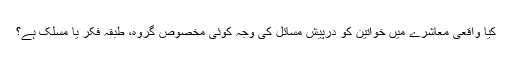
کیا واقعی معاشرے میں خواتین کو درپیش مسائل کی وجہ کوئی مخصوص گروہ، طبقہ فکر یا مسلک ہے؟